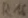
Text: R16